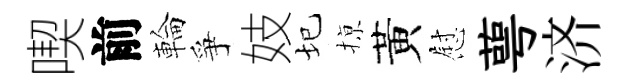
喫前輪爭妓圮𢱊黃慰萼济